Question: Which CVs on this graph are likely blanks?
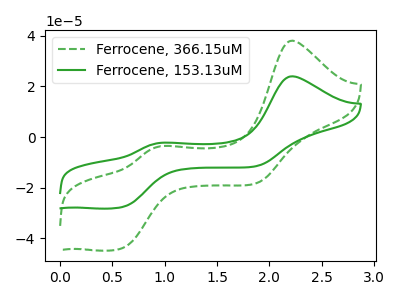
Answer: <think>The green dashed curve "Ferrocene, 366.15uM" has anodic peaks at (2.20V, 37.95uA) (0.95V, -3.60uA) and cathodic peaks at (0.60V, -43.85uA) (1.85V, -18.25uA). The green curve "Ferrocene, 153.13uM" has anodic peaks at (2.20V, 23.90uA) (0.95V, -2.25uA) and cathodic peaks at (0.60V, -27.65uA) (1.85V, -11.50uA).</think>
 <answer>There are not any CV's on this graph that are likely to be blanks.</answer>
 <eval>none</eval>